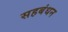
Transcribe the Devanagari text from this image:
सहबंधन